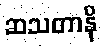
ဆသတာနိ